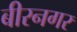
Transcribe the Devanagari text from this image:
बीरनगर